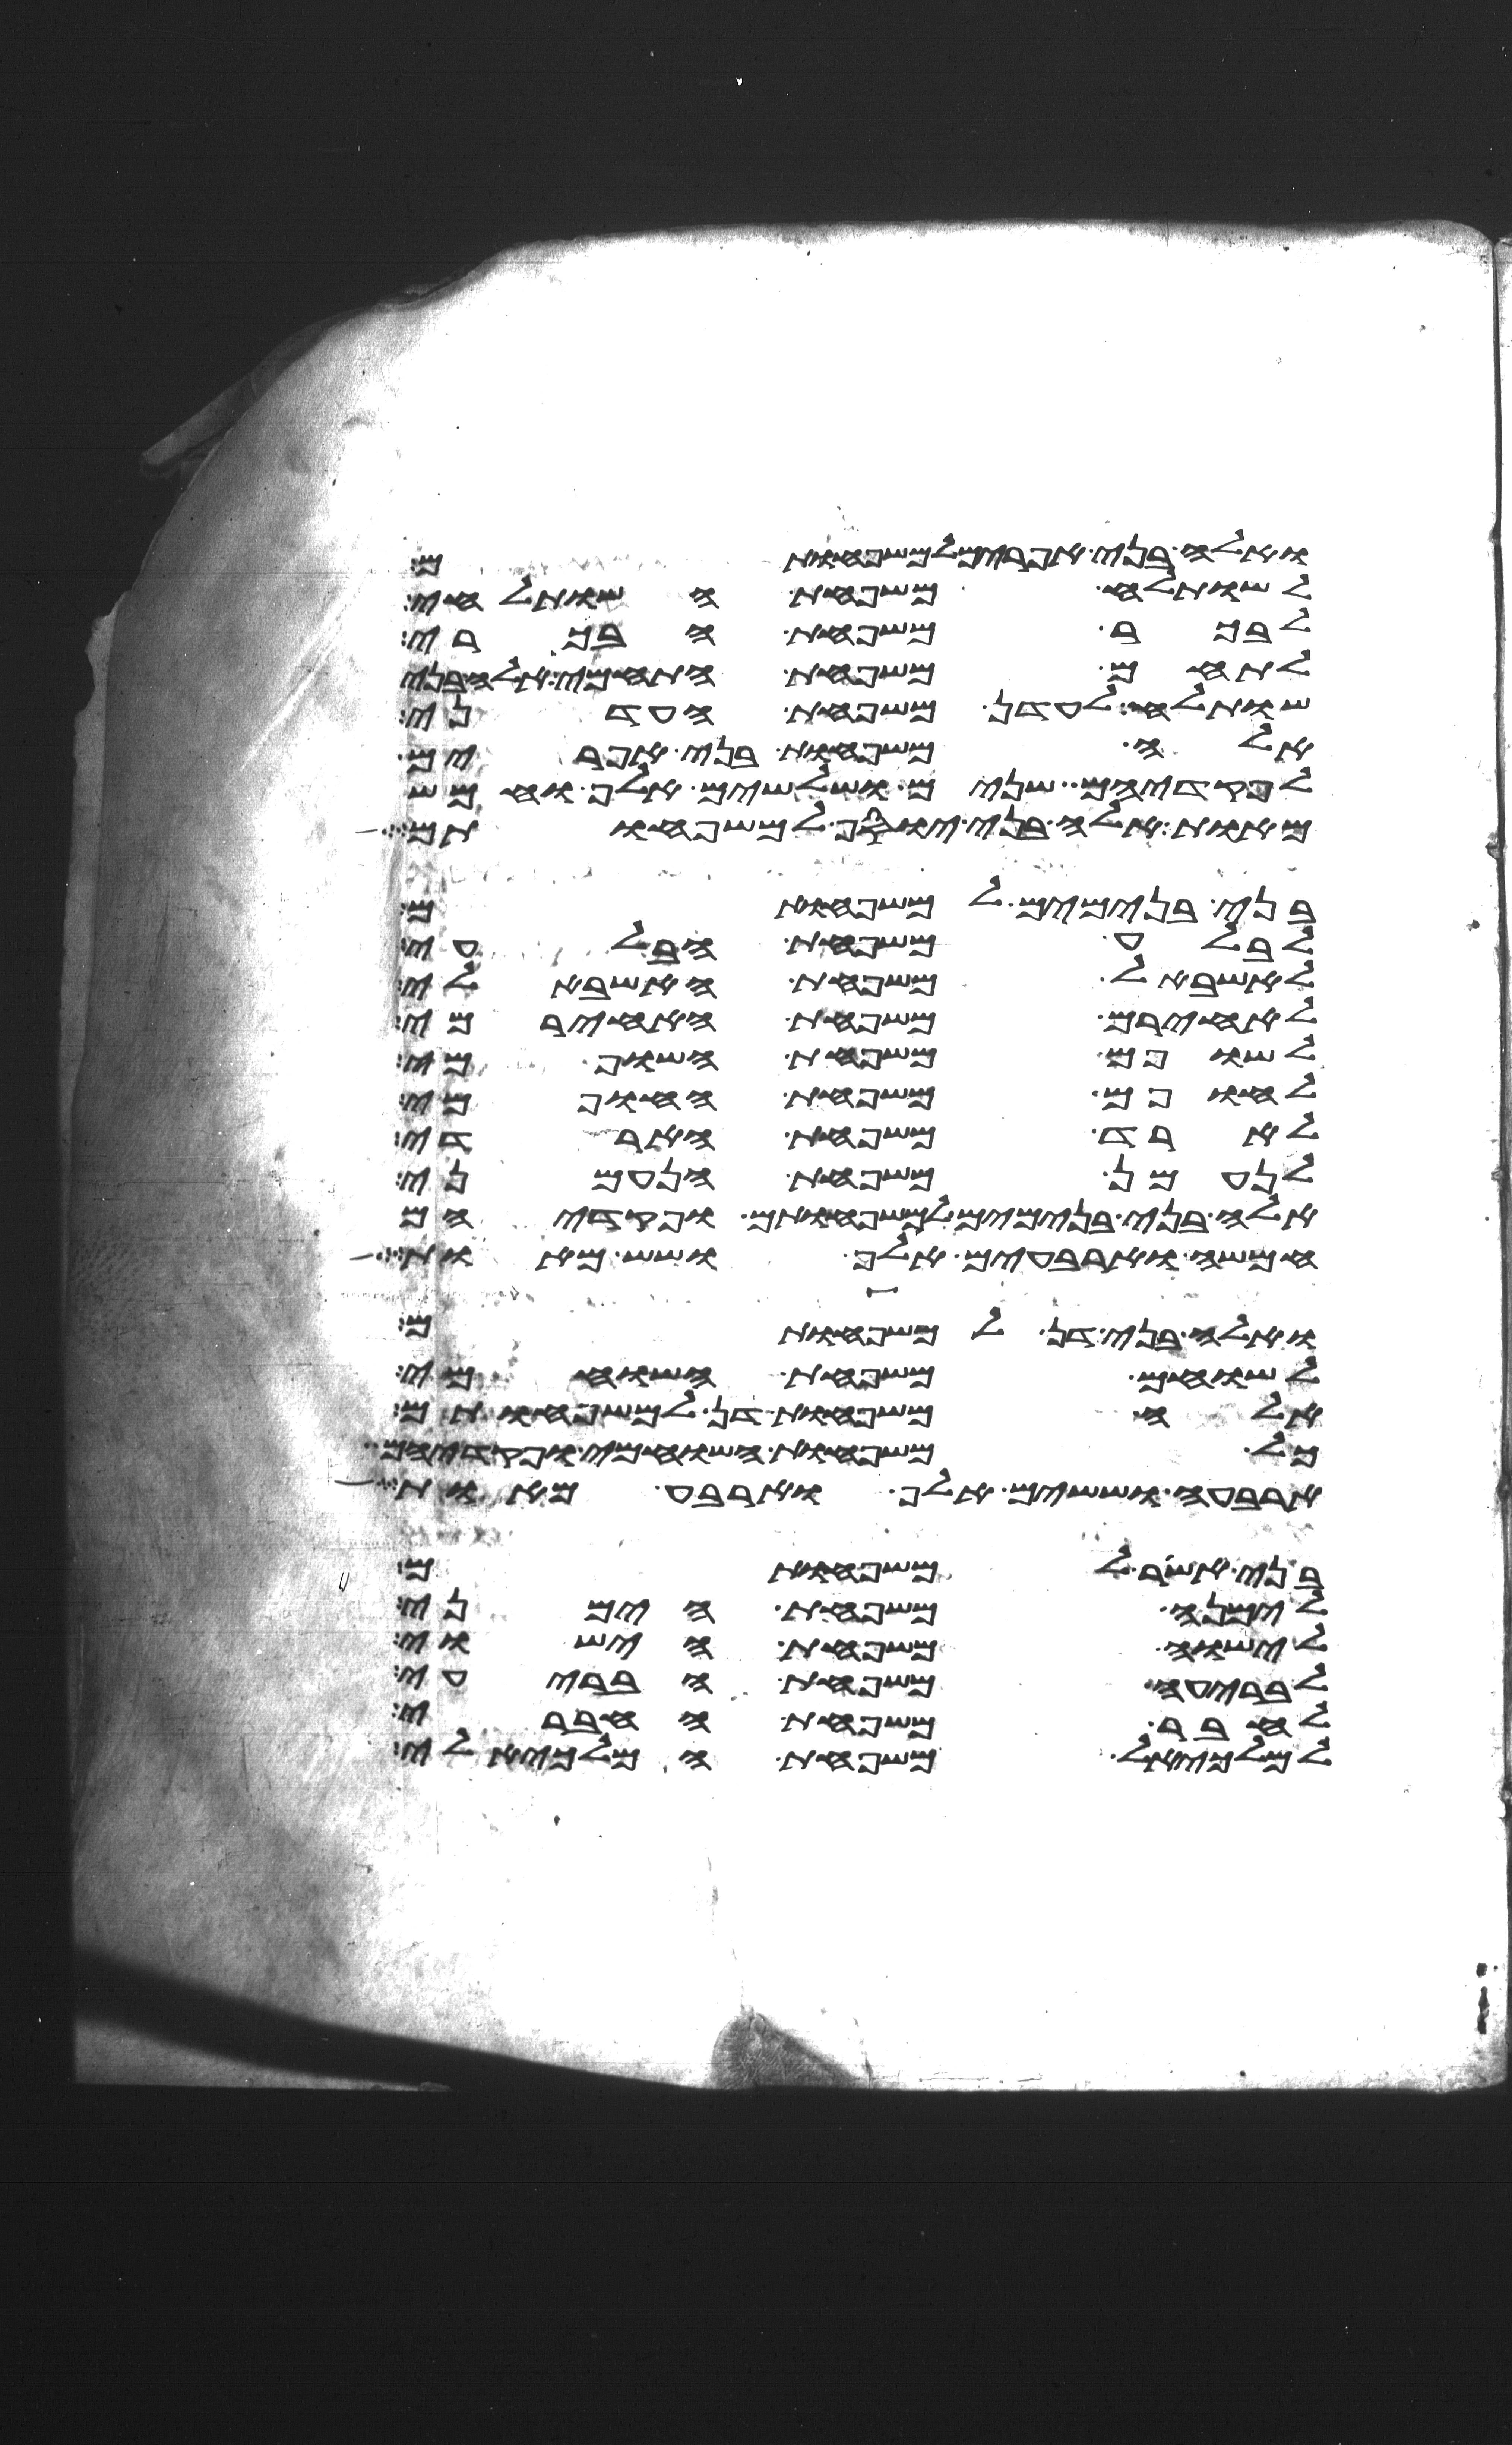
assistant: ואלה בני אפרים למשפחותם
לשותלח משפחת השותלחי
לבכר משפחת הבכרי
לתחם משפחת התחמי אלה בני
שותלח לעדן משפחת העדני
אלה משפחות בני אפרים
לפקדיהם שנים ושלשים אלף וחמש
מאות אלה בני יוסף למשפחותם
בני בנימים למשפחותם
לבלע משפחת הבלעי
לאשבל משפחת האשבלי
לאחירם משפחת האחירמי
לשופם משפחת השופמי
לחופם משפחת החופמי
לארד משפחת הארדי
לנעמן משפחת הנעמני
אלה בני בנימים למשפחותם ופקדיהם
חמשה וארבעים אלף ושש מאות
ואלה בני דן למשפחותם
לשוחם משפחת השוחמי
אלה משפחות דן למשפחותם
כל משפחות השוחמי ופקדיהם
ארבעה וששים אלף וארבע מאות
בני אשר למשפחותם
לימנה משפחת הימני
לישוה משפחת הישוי
לבריעה משפחת הבריעי
לחבר משפחת החברי
למלכיאל משפחת המלכיאלי